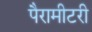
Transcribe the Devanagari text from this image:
पैरामीटरी